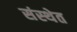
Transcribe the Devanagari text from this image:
संस्‍थेत